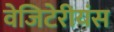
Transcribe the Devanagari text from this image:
वेजिटेरीयंस